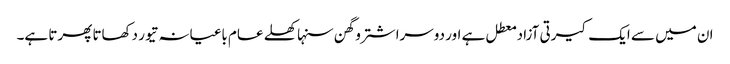
ان میں سے ایک کیرتی آزاد معطل ہے اور دوسرا شترو گھن سنہا کھلے عام باغیانہ تیور دکھاتا پھرتا ہے۔